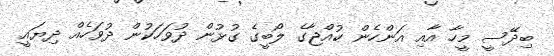
ބިދޭސީ މީހާ އާއި އަންހެން ކުއްޖާގެ ލޯބީގެ ގުޅުން ދުވަހަކުން ދުވަހެއް ދިޔައީ